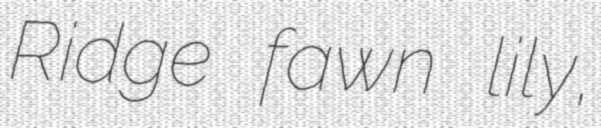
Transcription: Ridge fawn lily,